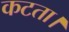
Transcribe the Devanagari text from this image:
कटता।